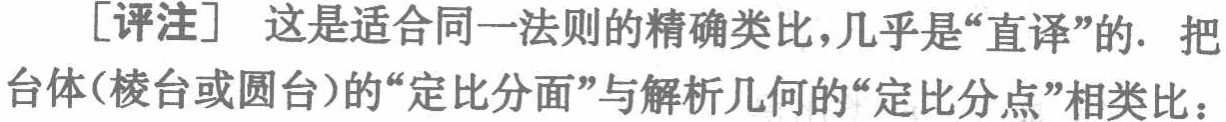
[评注] 这是适合同一法则的精确类比，几乎是“直译”的. 把台体(棱台或圆台)的“定比分面”与解析几何的“定比分点”相类比：